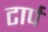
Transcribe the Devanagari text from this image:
टार्प